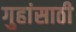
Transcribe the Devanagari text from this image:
गुहांसाठी